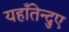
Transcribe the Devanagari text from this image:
यहाँतेन्दुए